Madras plague regulations and rules - Volume 2
Disease focus: Plague
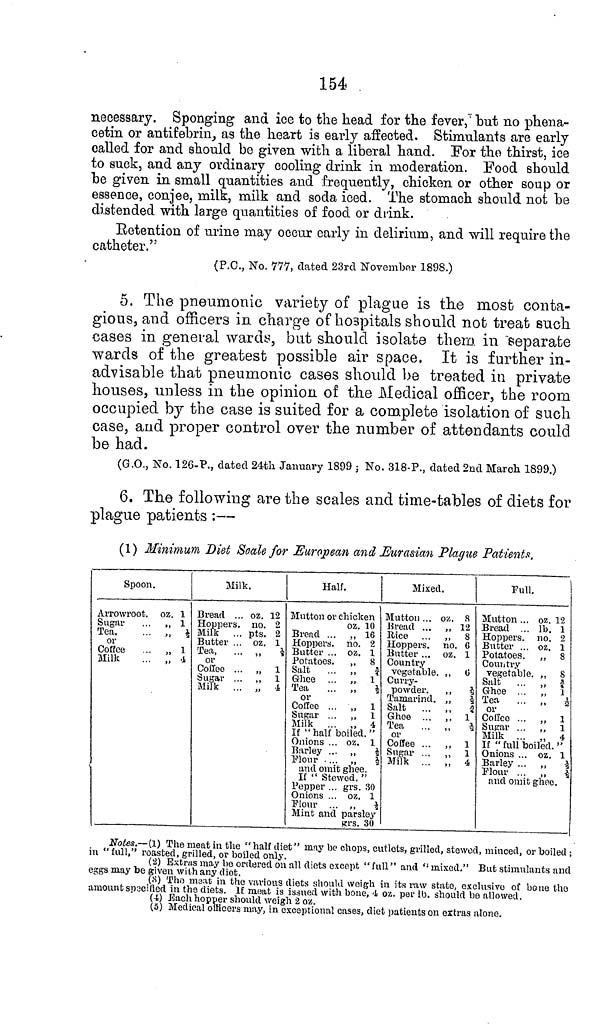
154
necessary. Sponging and ice to the head for the fever, but no phena-
cetin or antifebrin, as the heart is early affected. Stimulants are early
called for and should bo given with a liberal hand. For the thirst, ice
to suck, and any ordinary cooling drink in moderation. Food should
be given in small quantities and frequently, chicken or other soup or
essence, conjee, milk, milk and soda iced. The stomach should not be
distended with large quantities of food or drink.
Retention of urine may occur early in delirium, and will require the
catheter."
(P.C., No. 777, elated 23rd November 1898.)
5. The pneumonic variety of plague is the most conta-
gious, and officers in charge of hospitals should not treat such
cases in general wards, but should isolate them in separate
wards of the greatest possible air space. It is further in-
advisable that pneumonic cases should be treated in private
houses, unless in the opinion of the Medical officer, the room
occupied by the case is suited for a complete isolation of such
case, and proper control over the number of attendants could
be had.
(G.O., No. 126-P., dated 24th January 1899 ; No. 318-P., dated 2nd March 1899.)
6. The following are the scales and time-tables of diets for
plague patients :—
(1) Minimum Diet Scale for European and Eurasian Plague Patients,
Spoon.
Arrowroot, oz. 1
Sugar
1
Tea,
... „ ½
or
Coffee
... ,, 1
Milk
4
Milk.
Bread ... oz. 12
Hoppers. no. 2
Milk ... pts. 2
Butter ... oz. 1
Tea,
... .. ½
or
Coffee ... „ 1
Sugar ... „ 1
Milk ... „ 4
Half.
Mutton or chicken
oz. 10
Bread ... „ 16
Hoppers. no. 2
Butter ... oz. 1
Potatoes.
,, 8
Salt
... ,, ¾
Ghee ... , 1
Tea
... ,
½
or
Coffee ... ,
1
Sugar ...
1
Milk ... ,
4
If "half boiled."
Onions ... oz. 1
Barley ... ,, ½
Flour ... „ ½
and omit ghee.
If "Stewed, "
Pepper ... grs. 30
Onions ... oz. 1
Flour ... „ ½
Mint and parsley
grs. 30
Mixed.
Mutton ... oz. 8
Bread ... „ 12
Rice ... „ 8
Hoppers, no. 6
Butter ... oz. 1
Country
vegetable. „ 6
Curry-
powder.
½
Tamarind.
½
Salt
..
¾
Ghee ..
1
Tea
..
½
or
Coffee ..
1
Sugar .
1
Milk ..
4
Full.
Mutton ... oz. 12
Bread ... lb. 1
Hoppers. no. 2
Butter ... oz. 1
Potatoes. ,, 8
Country
vegetable.
8
Salt
...
¾
Ghee . .
1
Tea
...
½
or
Coffee ...
1
Sugar ...
1
Milk ...
4
If " full boiled. "
Onions ... oz. 1
Barley ...
¼
Flour ...
½
and omit ghee.
Notes.— (1) The meat in the "half diet" may be chops, cutlets, grilled, stewed, minced, or boiled ;
in "full," roasted, grilled, or boiled only.
(2) Extras may be ordered on all diets except "full" and "mixed." But stimulants and
eggs may be given with any diet.
(3) The meat in the various diets should weigh in its raw state, exclusive of bone the
amount specified in the diets. If meat is issued with bone, 4 oz. per lb. should be allowed.
(4)
\ill\
weigh 2 oz.
(5)
in exceptional cases, diet patients on extras alone.